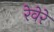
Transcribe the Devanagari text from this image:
रेवेरे